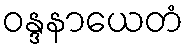
ဝန္ဒနာယေတံ